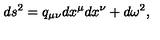
d s ^ { 2 } = q _ { \mu \nu } d x ^ { \mu } d x ^ { \nu } + d \omega ^ { 2 } ,